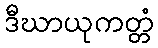
ဒီဃာယုကတ္တံ